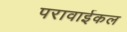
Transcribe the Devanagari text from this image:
परावाईकल